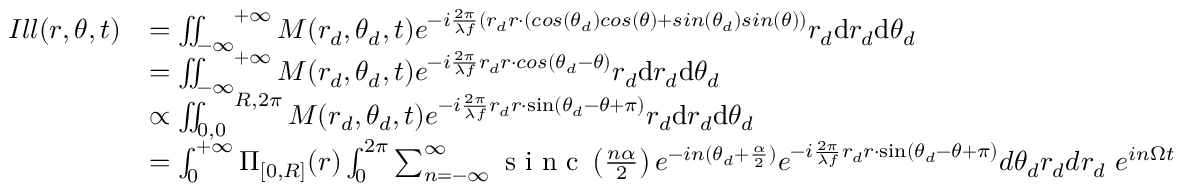
\begin{array} { r l } { I l l ( r , \theta , t ) } & { = \iint _ { - \infty } ^ { \ \ \ + \infty } M ( r _ { d } , \theta _ { d } , t ) e ^ { - i \frac { 2 \pi } { \lambda f } ( r _ { d } r \cdot ( c o s ( \theta _ { d } ) c o s ( \theta ) + s i n ( \theta _ { d } ) s i n ( \theta ) ) } r _ { d } \mathrm { d } r _ { d } \mathrm { d } \theta _ { d } } \\ & { = \iint _ { - \infty } ^ { \ \ \ + \infty } M ( r _ { d } , \theta _ { d } , t ) e ^ { - i \frac { 2 \pi } { \lambda f } r _ { d } r \cdot c o s ( \theta _ { d } - \theta ) } r _ { d } \mathrm { d } r _ { d } \mathrm { d } \theta _ { d } } \\ & { \propto \iint _ { 0 , 0 } ^ { \ \ \ R , 2 \pi } M ( r _ { d } , \theta _ { d } , t ) e ^ { - i \frac { 2 \pi } { \lambda f } r _ { d } r \cdot \sin ( \theta _ { d } - \theta + \pi ) } r _ { d } \mathrm { d } r _ { d } \mathrm { d } \theta _ { d } } \\ & { = \int _ { 0 } ^ { + \infty } \Pi _ { [ 0 , R ] } ( r ) \int _ { 0 } ^ { 2 \pi } \sum _ { n = - \infty } ^ { \infty } \textrm { s i n c } \left( \frac { n \alpha } { 2 } \right) e ^ { - i n ( \theta _ { d } + \frac { \alpha } { 2 } ) } e ^ { - i \frac { 2 \pi } { \lambda f } r _ { d } r \cdot \sin ( \theta _ { d } - \theta + \pi ) } d \theta _ { d } r _ { d } d r _ { d } \ e ^ { i n \Omega t } } \end{array}